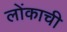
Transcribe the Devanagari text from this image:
लोंकाची